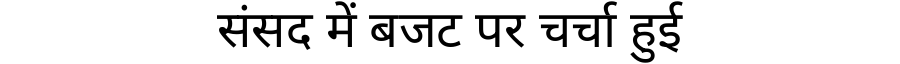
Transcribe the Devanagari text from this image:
संसद में बजट पर चर्चा हुई